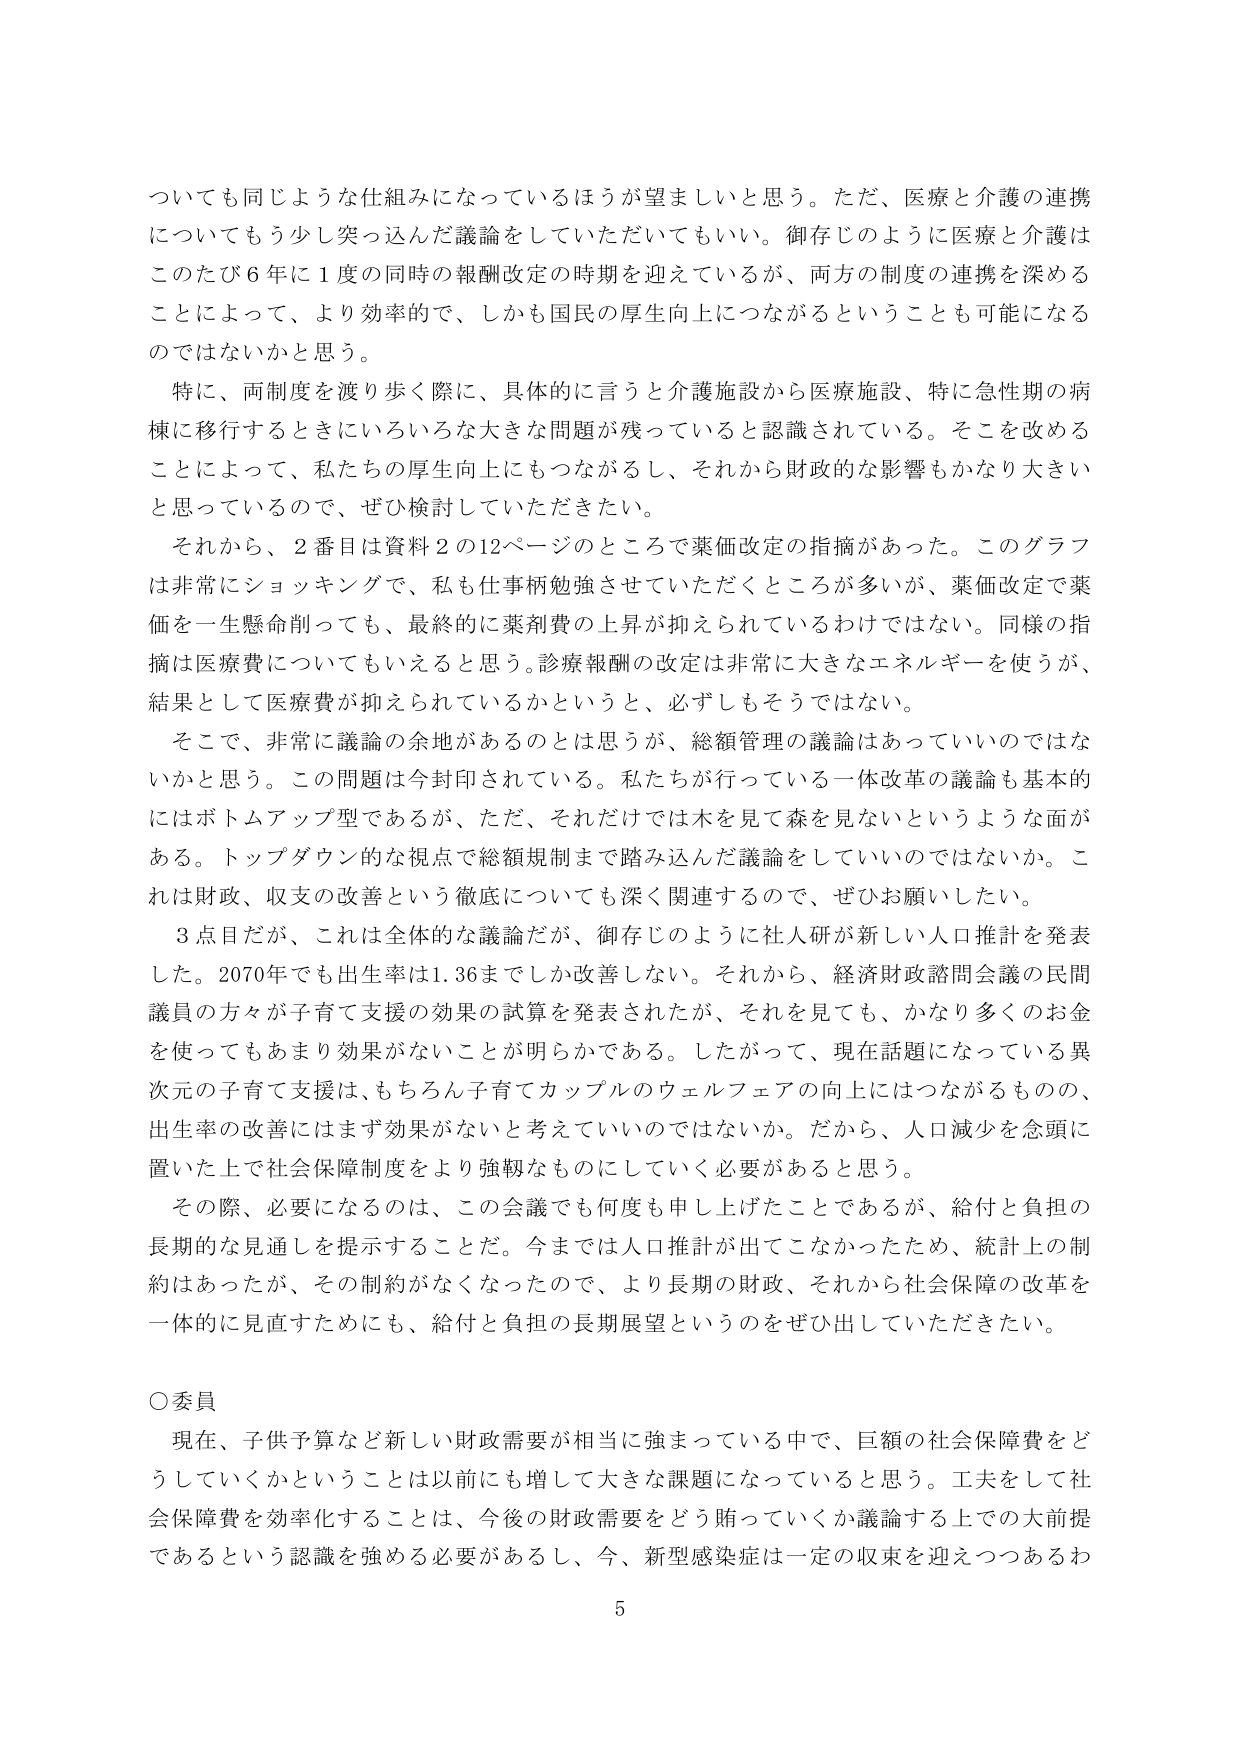
ついても同じような仕組みになっているほうが望ましいと思う。ただ、医療と介護の連携についてももう少し突っ込んだ議論をしていただいてもいい。御存じのように医療と介護はこのたび6年に1度の同時の報酬改定の時期を迎えているが、両方の制度の連携を深めることによって、より効率的で、しかも国民の厚生向上につながるということも可能になるのではないかと思う。

特に、両制度を渡り歩く際に、具体的に言うと介護施設から医療施設、特に急性期の病棟に移行するときにいろいろな大きな問題が残っていると認識されている。そこを改めることによって、私たちの厚生向上にもつながるし、それから財政的な影響もかなり大きいと思っているので、ぜひ検討していただきたい。

それから、2番目は資料2の12ページのところで薬価改定の指摘があった。このグラフは非常にショッキングで、私も仕事柄勉強させていただくところが多いが、薬価改定で薬価を一生懸命削っても、最終的に薬剤費の上昇が抑えられているわけではない。同様の指摘は医療費についてもいえると思う。診療報酬の改定は非常に大きなエネルギーを使うが、結果として医療費が抑えられているかというと、必ずしもそうではない。

そこで、非常に議論の余地があるのとは思うが、総額管理の議論はあっていいのではないかと思う。この問題は今封印されている。私たちが行っている一体改革の議論も基本的にはボトムアップ型であるが、ただ、それだけでは木を見て森を見ないというような面がある。トップダウン的な視点で総額規制まで踏み込んだ議論をしていないのではないか。これは財政、収支の改善という徹底についても深く関連するので、ぜひお願いしたい。

3点目だが、これは全体的な議論だが、御存じのように社人研が新しい人口推計を発表した。2070年でも出生率は1.36までしか改善しない。それから、経済財政諮問会議の民間議員の方々が子育て支援の効果の試算を発表されたが、それを見ても、かなり多くのお金を使ってもあまり効果がないことが明らかである。したがって、現在話題になっている異次元の子育て支援は、もちろん子育てカップルのウェルフェアの向上にはつながるもの、出生率の改善にはまず効果がないと考えていいのではないか。だから、人口減少を念頭に置いた上で社会保障制度をより強靭なものにしていく必要があると思う。

その際、必要になるのは、この会議でも何度も申し上げたことであるが、給付と負担の長期的な見通しを提示することだ。今までは人口推計が出てこなかったため、統計上の制約はあったが、その制約がなくなったので、より長期の財政、それから社会保障の改革を一体的に見直すためにも、給付と負担の長期展望というのをぜひ出していただきたい。

○委員

現在、子供予算など新しい財政需要が相当に強まっている中で、巨額の社会保障費をどうしていくかということは以前にも増して大きな課題になっていると思う。工夫をして社会保障費を効率化することは、今後の財政需要をどう踏っていくか議論する上での大前提であるという認識を強める必要があるし、今、新型感染症は一定の収束を迎えつつあるわ

5